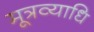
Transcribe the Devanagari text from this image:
मूत्रव्याधि